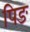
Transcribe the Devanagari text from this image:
पिङ